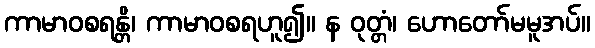
ကာမာဝစရန္တိ၊ ကာမာဝစရဟူ၍။ န ဝုတ္တံ၊ ဟောတော်မမူအပ်။